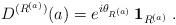
LaTeX: \begin{align*}D^{(R^{(a)})}(a)=e^{i\theta_{R^{(a)}}}\, {\bf 1}_{R^{(a)}}\; .\end{align*}